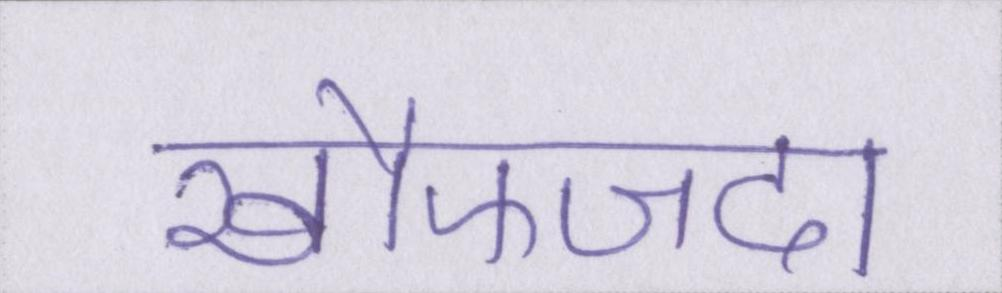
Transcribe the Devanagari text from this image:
खौफजदा